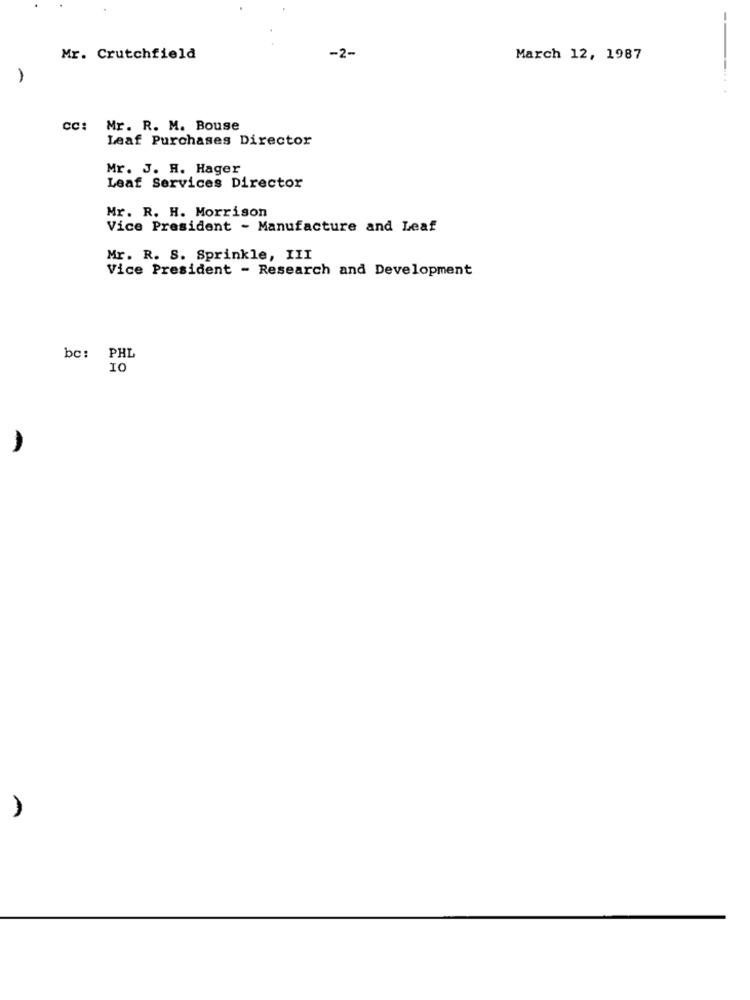
Mr. Crutchfield
-2-
March 12, 1987
CC:
Mr. R. M. Bouse
Leaf Purchases Director
Mr. J. H. Hager
Leaf Services Director
Mr. R. H. Morrison
Vice President - Manufacture and Leaf
Mr. R. S. Sprinkle, III
Vice President - Research and Development
bc: PHL
10